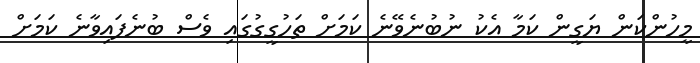
މީހުންކަން ޔަގީން ކަމާ އެކު ނުބުނެވޭނެ ކަމަށް ތަހުގީގުގައި ވެސް ބުނެފައިވާނެ ކަމަށް